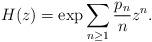
LaTeX: \begin{align*} H(z) = \exp \sum_{n \ge 1} \frac{p_n}{n} z^n. \end{align*}